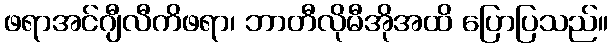
ဖရာအင်ဂျီလီကိဖရာ၊ ဘာတီလိုမီအိုအထိ ပြောပြသည်။